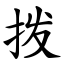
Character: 拨